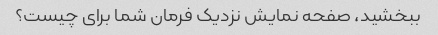
ببخشید، صفحه نمایش نزدیک فرمان شما برای چیست؟